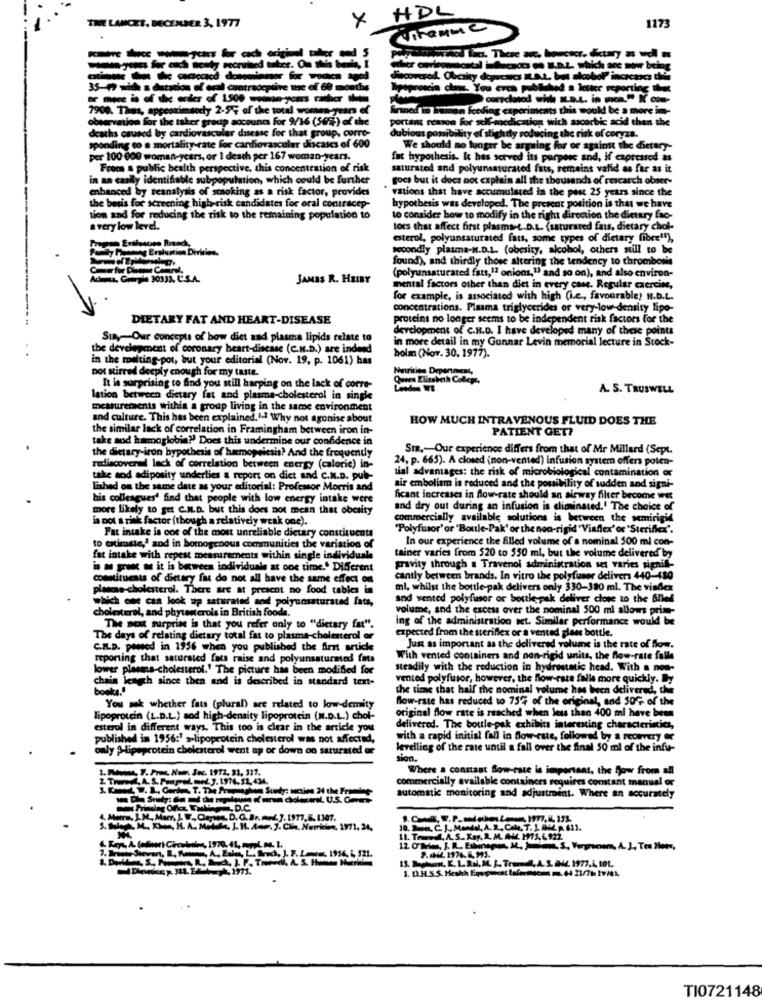
HDL
THE LANCET, DECEMBER 3, 1977
117-
wwod lic. There are, howcer, dietary as well
Ciaooverod, Chczky deprescs IL.A.L. but alcoboP incecasas this
35-1 with a ditation of oral contraceptive use of 68 months
Spiproscin cham. You eren published a letter reporting that
--- --- ------ -
7900. Thus, approximsochy 2-5% of the total woman-years of
Iaman koding experiments this would be a more im-
observation for the taker group accounts For 9/16 (50%) of the
portant reason for sollmedication with ascorbic acid than the
deaths caused by cardiovascular disease for that group, corre-
ponding to @ mortality rate for cardiovascular discases of 600
possibility of stightly roducing the risk of coryza.
We should no lunger be arguing for or against the dietary-
per 100 000 woman-years, or I death per 167 woman-years.
fat hypothesis. It has served its purpose and, if expressed as
From a public bealth perspective, this concentration of risk
saturated and polyunsaturated fats, semains valid as far as it
in an canly identifiable subpopulation, which could be further
gocs but it does not explain all she thousands of rescarch obser-
enhanced by seanalysis of smoking as a risk factor, provides
rations that have accumulated in the post 25 years since the
the basis for screening high-risk candidates for oral contracep-
hypothesis was developed. The present position is that we have
tion and for reducing the risk to the remaining population to
to consider bow to modify in the right direction the dietary fao-
a very low level.
lors that affect first plasms-t.D.L. (saturated fats, dietary chol-
esterol, polyunsaturated fatt, some types of dietary fibre"),
Famlly Ponmeg Eralustion Divilen.
secondly plasma-N.D.L. (obesity, alcohol, others still to be
found), and thirdly those altering the tendency to thrombosis
Adama, Georgie 30333, U.S.A.
JAMES R. HEIBY
(polyunsaturated fats,1ª onions," and so on), and also environ-
mental factors other than diet in every case, Regular exercise,
for example, is associated with high (i.e ., favourable) H.D.L.
concentrations. Plasma triglycerides or very-low density lipo-
DIETARY FAT AND HEART-DISEASE
proteins no longer seems to be independent risk factors for the
development of c.H.D. I have developed many of these points
Sun,Our concepts of how diet and plastha lipids relate to
in more detail in my Gunnar Levin memorial lecture in Stock-
the development of coronary heart-disease (C.M.D.) are indeed
holm (Nov. 30, 1977).
in the melting-pot, but your editorial (Nov. 19, p. 1061) bas
Dot stirred deeply enough for my taste.
Nutrition Department,
Queen Elizabeth College,
It is surprising to find you still harping on the lack of corre-
A. S. TRUSWELL
lation between dietary fat and plasma-cholesterol in single
measurements within a group living in the same environment
and culture. This has been explained.I. Why not agonise about
HOW MUCH INTRAVENOUS FLUID DOES THE
the similar lack of correlation in Framingham between iron in-
PATIENT GET?
take sod hemoglobin?" Does this undermine our confidence in
the dietary-iron bypothesis of hamopeicsis? And the frequently
Sia ,- Our experience differs from that of Mr Millard (Sept.
24, p. 665). A closed (non-vented) infusion system offers polen-
rediscoveral lack of correlation between energy (caloric) in-
tial advantages: the risk of microbiological contamination or
take aod adiposity underlies a report on dict and C.N.D. pub-
ished om the same date as your editorial: Profesor Morris and
air embolism is reduced and the possibility of sudden and signi-
his colleagues' find that people with low energy intake were
ficant increases in flow-rate should an airway filter become wet
more likely to get C.M.D. but this does not mean that obesity
and dry out during an infusion is eliminated.' The choice of
pot a risk factor (though a relatively weak one).
commercially available solutions is between the semirigid
"Polyfusor' or 'Boule-Pak' or the non-rigid "Viaflex' or 'Steriflex".
Fat intake is one of the most unreliable dietary constituents
In our experience the filled volume of a nominal 500 ml con-
to estimate,' and in bomogenous communities the variation of
fat intake with repest measurements within single individual.
tainer varies from 520 to 550 ml, but the volume delivered by
is an gren ad it is between individuals at one time.' Different
gravity through a Travenol administration set varies signifi-
constituents of dietary fa do not all have the same effect on
cantly between brands. In vitro the polyfuser delivers 440-480
plosone-cholesterol. There are at present no food tables in
ml, whilst the bottle-pak delivers only 330-380 ml. The vindex
and vented polyfuser or boule-pak deliver close to the 6!We
cholesterol, and phytosterols in British foods.
which one can look up saturated and polyunsaturated fats,
volume, and the excess over the nominal 500 ml allows prim-
ing of the administration set. Similar performance would be
The scot surprise is that you refer only to "dietary fat".
expected from the steriflex or a vented glass bottle.
The days of relating dietary total fat to plasma-cholesterol or
C.IL.D. powed in 1956 when you published the first article
Just as important as the delivered volume is the rate of flow.
reporting that saturated fats raise and polyunsaturated fats
With vented containers and non-rigid units, the flow-rate falle
lower plasms-cholesterol.' The picture has been modified for
steadily with the reduction in hydrostatic head. With a non-
chain length since then and is described in standard text-
vented polyfusor, however, the flow-rate falls more quickly. By
books."
the time that half the nominal volume has been delivered, the
Now-race has reduced to 75% of the original, and 50% of the
You sek whether fats (plural) are related to low-demity
original flow rate is reached when less than 400 ml have been
lipoprotein (L.D.L.) sod high-density lipoprotein (N.D.L.) chol-
esterol in different ways. This too is clear in the article you
delivered. The boule pak exhibits interesting characteristics,
published in 1956:" >-lipoprotein cholesterol was not affected,
with a rapid initial fall in dow-rate, followed by & recovery or
only $-lipoprotein cholesterol went up or down oo sarurated or
levelling of the rate until a fall over the final 50 ml of the infu-
sion.
7.Pro Www. Soc. 1972, 31, 317.
Where a constant Sow-rate is important, the flow from all
2 That, A. S. PompelmoZ. J. 1974,52, 434.
commercially available containers requires comtant manual or
1. Cond W. 1 ., Garden, T. The Pragmaghan Surky: wctive 24 the Frame
LUSC
automatic monitoring and adjustment. Where an accurately
S. S. M. Khan, IS. A. Modifie, J. H. A.m. J. Cla. Nurkiem, 1971, 24.
10. Due, C. J ., MaMAN, A. R. CALL, T. 1. AZ A 611.
1. D.H.S.S. Heshh Equipocat taformsom ms. 44 21/7 29/01.
TI0721148